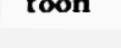
toon